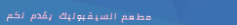
مطعم السيفبوليك يقدم لكم